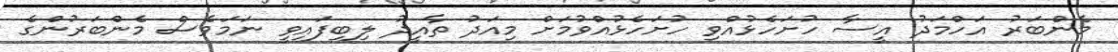
މެންބަރު އަހްމަދު އީސާ ހުށަހެޅުއްވި ހުށަހެޅުއްވުމަށް މިއަދު ތާއީދު ލިބިފައިވީ ނަމަވެސް މެންބަރުންގެ